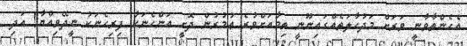
އެހެންތާވާނީ ވަރަށް މަދުޙާލަތެއްގައިނޫނީ ތިމާއަށްވުރެ ޢުމުރުން ދޮށީ އަންހެނަކާ ފިރިހެނަކު ނީދޭވިއްޔާ! އަދި